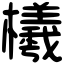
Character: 㰕